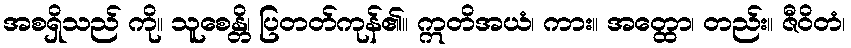
အစရှိသည် ကို။ သူစေန္တိ၊ ပြတတ်ကုန်၏။ ဣတိအယံ၊ ကား။ အတ္ထော၊ တည်း။ ဇီဝိတံ၊